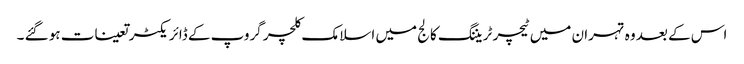
اس کے بعد وہ تہران میں ٹیچر ٹریننگ کالج میں اسلامک کلچر گروپ کے ڈائریکٹر تعینات ہو گئے ۔